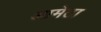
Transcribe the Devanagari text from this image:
आमेठा